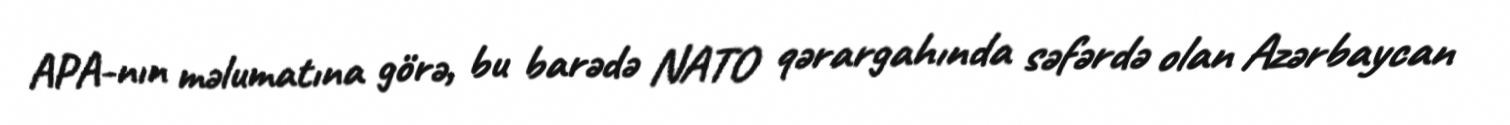
APA-nın məlumatına görə, bu barədə NATO qərargahında səfərdə olan Azərbaycan